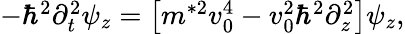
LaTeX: \begin{array}{r}{-\hbar^{2}\partial_{t}^{2}\psi_{z}=\left[m^{*2}v_{0}^{4}-v_{0}^{2}\hbar^{2}\partial_{z}^{2}\right]\psi_{z},}\end{array}